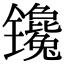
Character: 镵